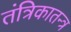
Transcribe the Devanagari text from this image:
तंत्रिकातन्त्र